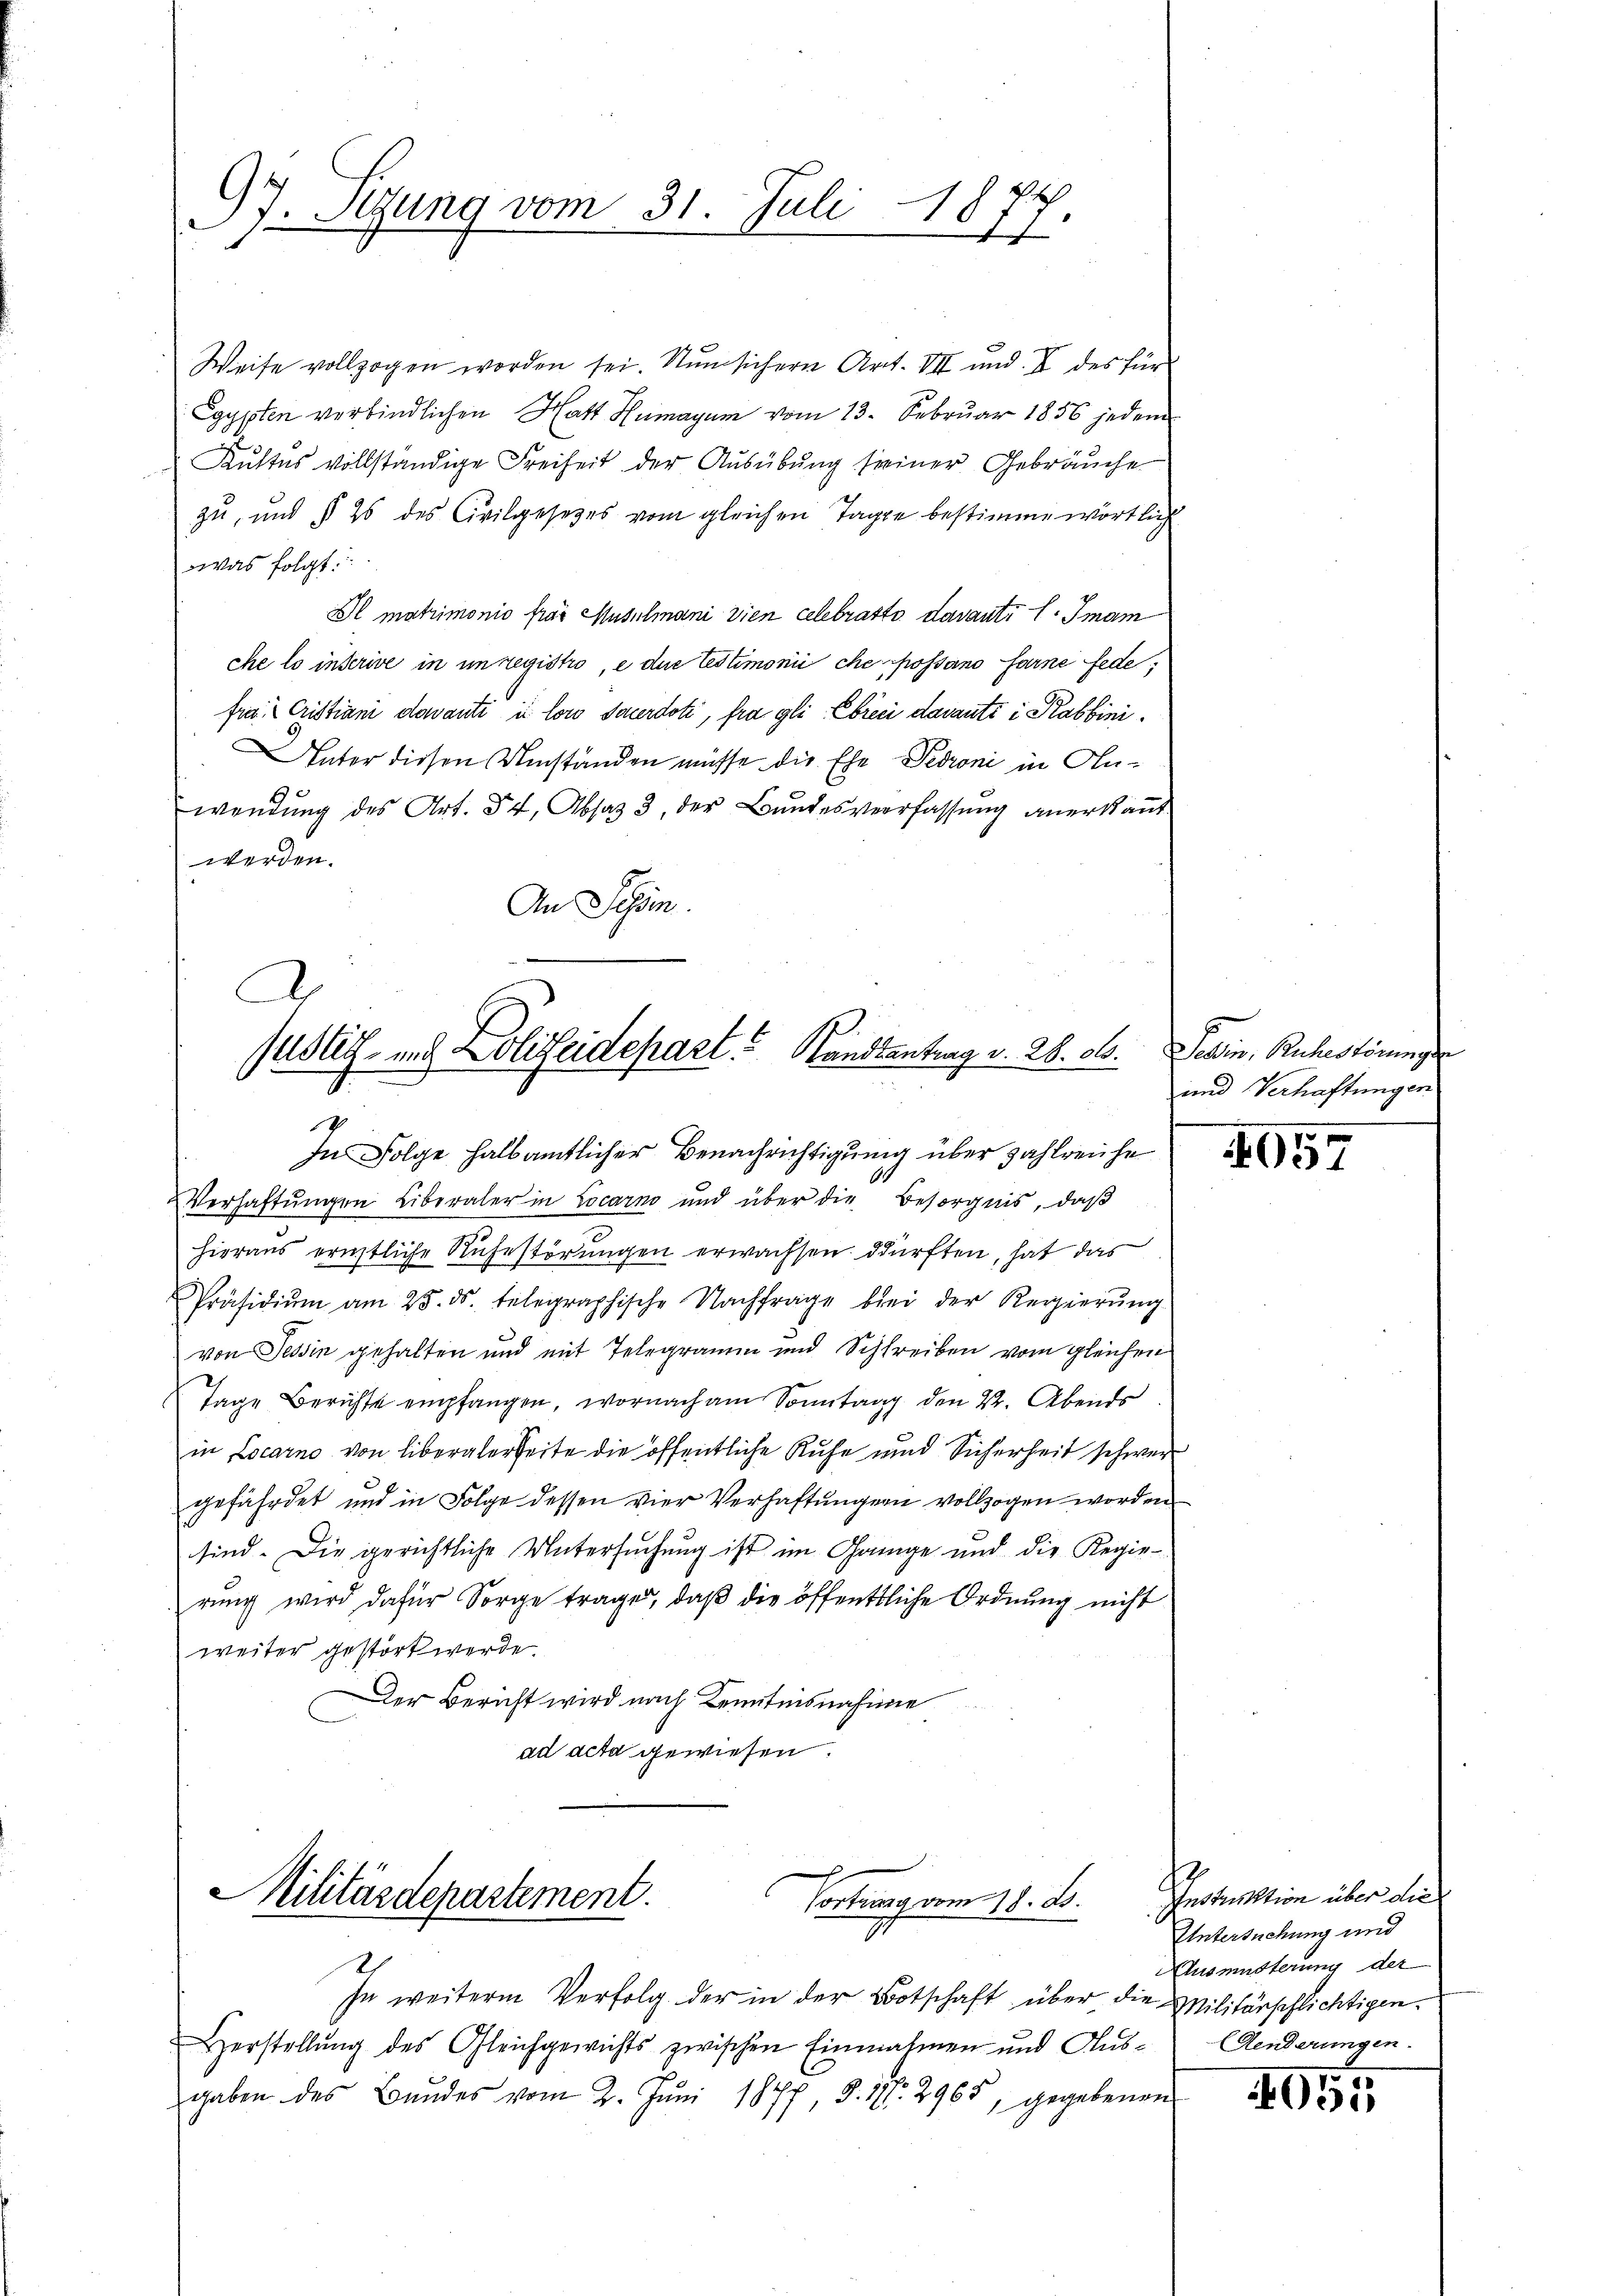
97. Sitzung vom 31. Juli 18
7

Weise vollzogen worden sei. Nun sichern Art. VII und. V des für
Egypten verbindlichen Hatt Humagum vom 13. Februar 1856 jedem
Kustes vollständige Freiheit der Ausübung seiner Gebräuche
zu, und § 26 des Civilgesetzes vom gleichen Tage bestimme wörtlich
was folgt.
Il matrimonio fror Muselmani vien Celebratto davanti l. Jman
che lo inserive in in registro, e die Testimonii che possano farne fede,
frau Cristiani davante in loro Sacerdoti, fra gli Ebrici daranti i Rabbini¬
Unter diesen Umständen müsse die Ehe Peroni in Anwendŭng des Art. 54, Absaz 3, der Bŭndesverfassŭng anerkaṅt
werden.
An Schön.

d
Justiz- und Polizeidepart. Landtantrag v. 28. ds.
4

In Folge halb amtlicher Benachrichtigung über zahlreiche
Verhaftungen Liberaler in Locarno und über die Besorgnis, daß
hieraus ernstliche Ruhestörungen erwachsen dürften, hat das
Präsidiŭm am 25. ds. telegraphische Nachfrage bei der Regierŭng
von Tessin gehalten und mit Telegramm und Schreiben vom gleichen
Tage Berichte empfangen, wornach am Sonntag den 22. Abends
in Locarno von liberalerseite die öffentliche Ruhe und Sicherheit schwer
gefährdet und in Folge dessen vier Verhaftungern vollzogen worden
sind. Die gerichtliche Untersuchung ist im Gange und die Regie-
rung wird dafür Sorge trage, daß die öffentliche Ordnung nicht
weiter gestört werde.
Der Bericht wird nach Kenntnisnahme
ad acta gewiesen.

Militärdepartement.
Portung vom 18. ds.

h
sn weiterm Verfolg der in der Botschaft über die Militärschlichtigen.
Herstellung des Gleichgewichts zwischen Einnahmen und Aus- Aenderungen.
gaben des Bundes vom 2. Jŭni 1847, §. 177. 2965, gegebenen

Sehin, Ruhestörungs
und Verhaftungen

657

e

Instruktion über die
Untersuchung und
Ausmusterung der

405